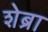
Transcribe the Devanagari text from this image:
शेब्रा